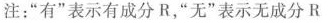
注：”有”表示有成分R，”无”表示无成分R